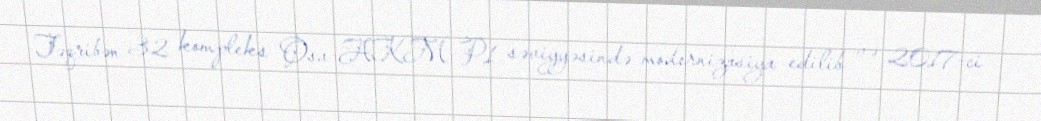
Təqribən 32 kompleks Osa-AKM-P1 səviyyəsində modernizasiya edilib və 2017-ci